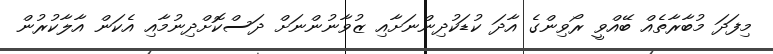
މިފަދަ މުބާރާތެއް ބޭއްވީ ރޯވިންގެ އާދަ ކުޑަކުދިންނަށާއި ޒުވާނުންނަށް ދަސްކޮށްދިނުމާއި އެކަން އާލާކުރުން